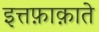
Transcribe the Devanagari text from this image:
इत्तफ़ाक़ाते